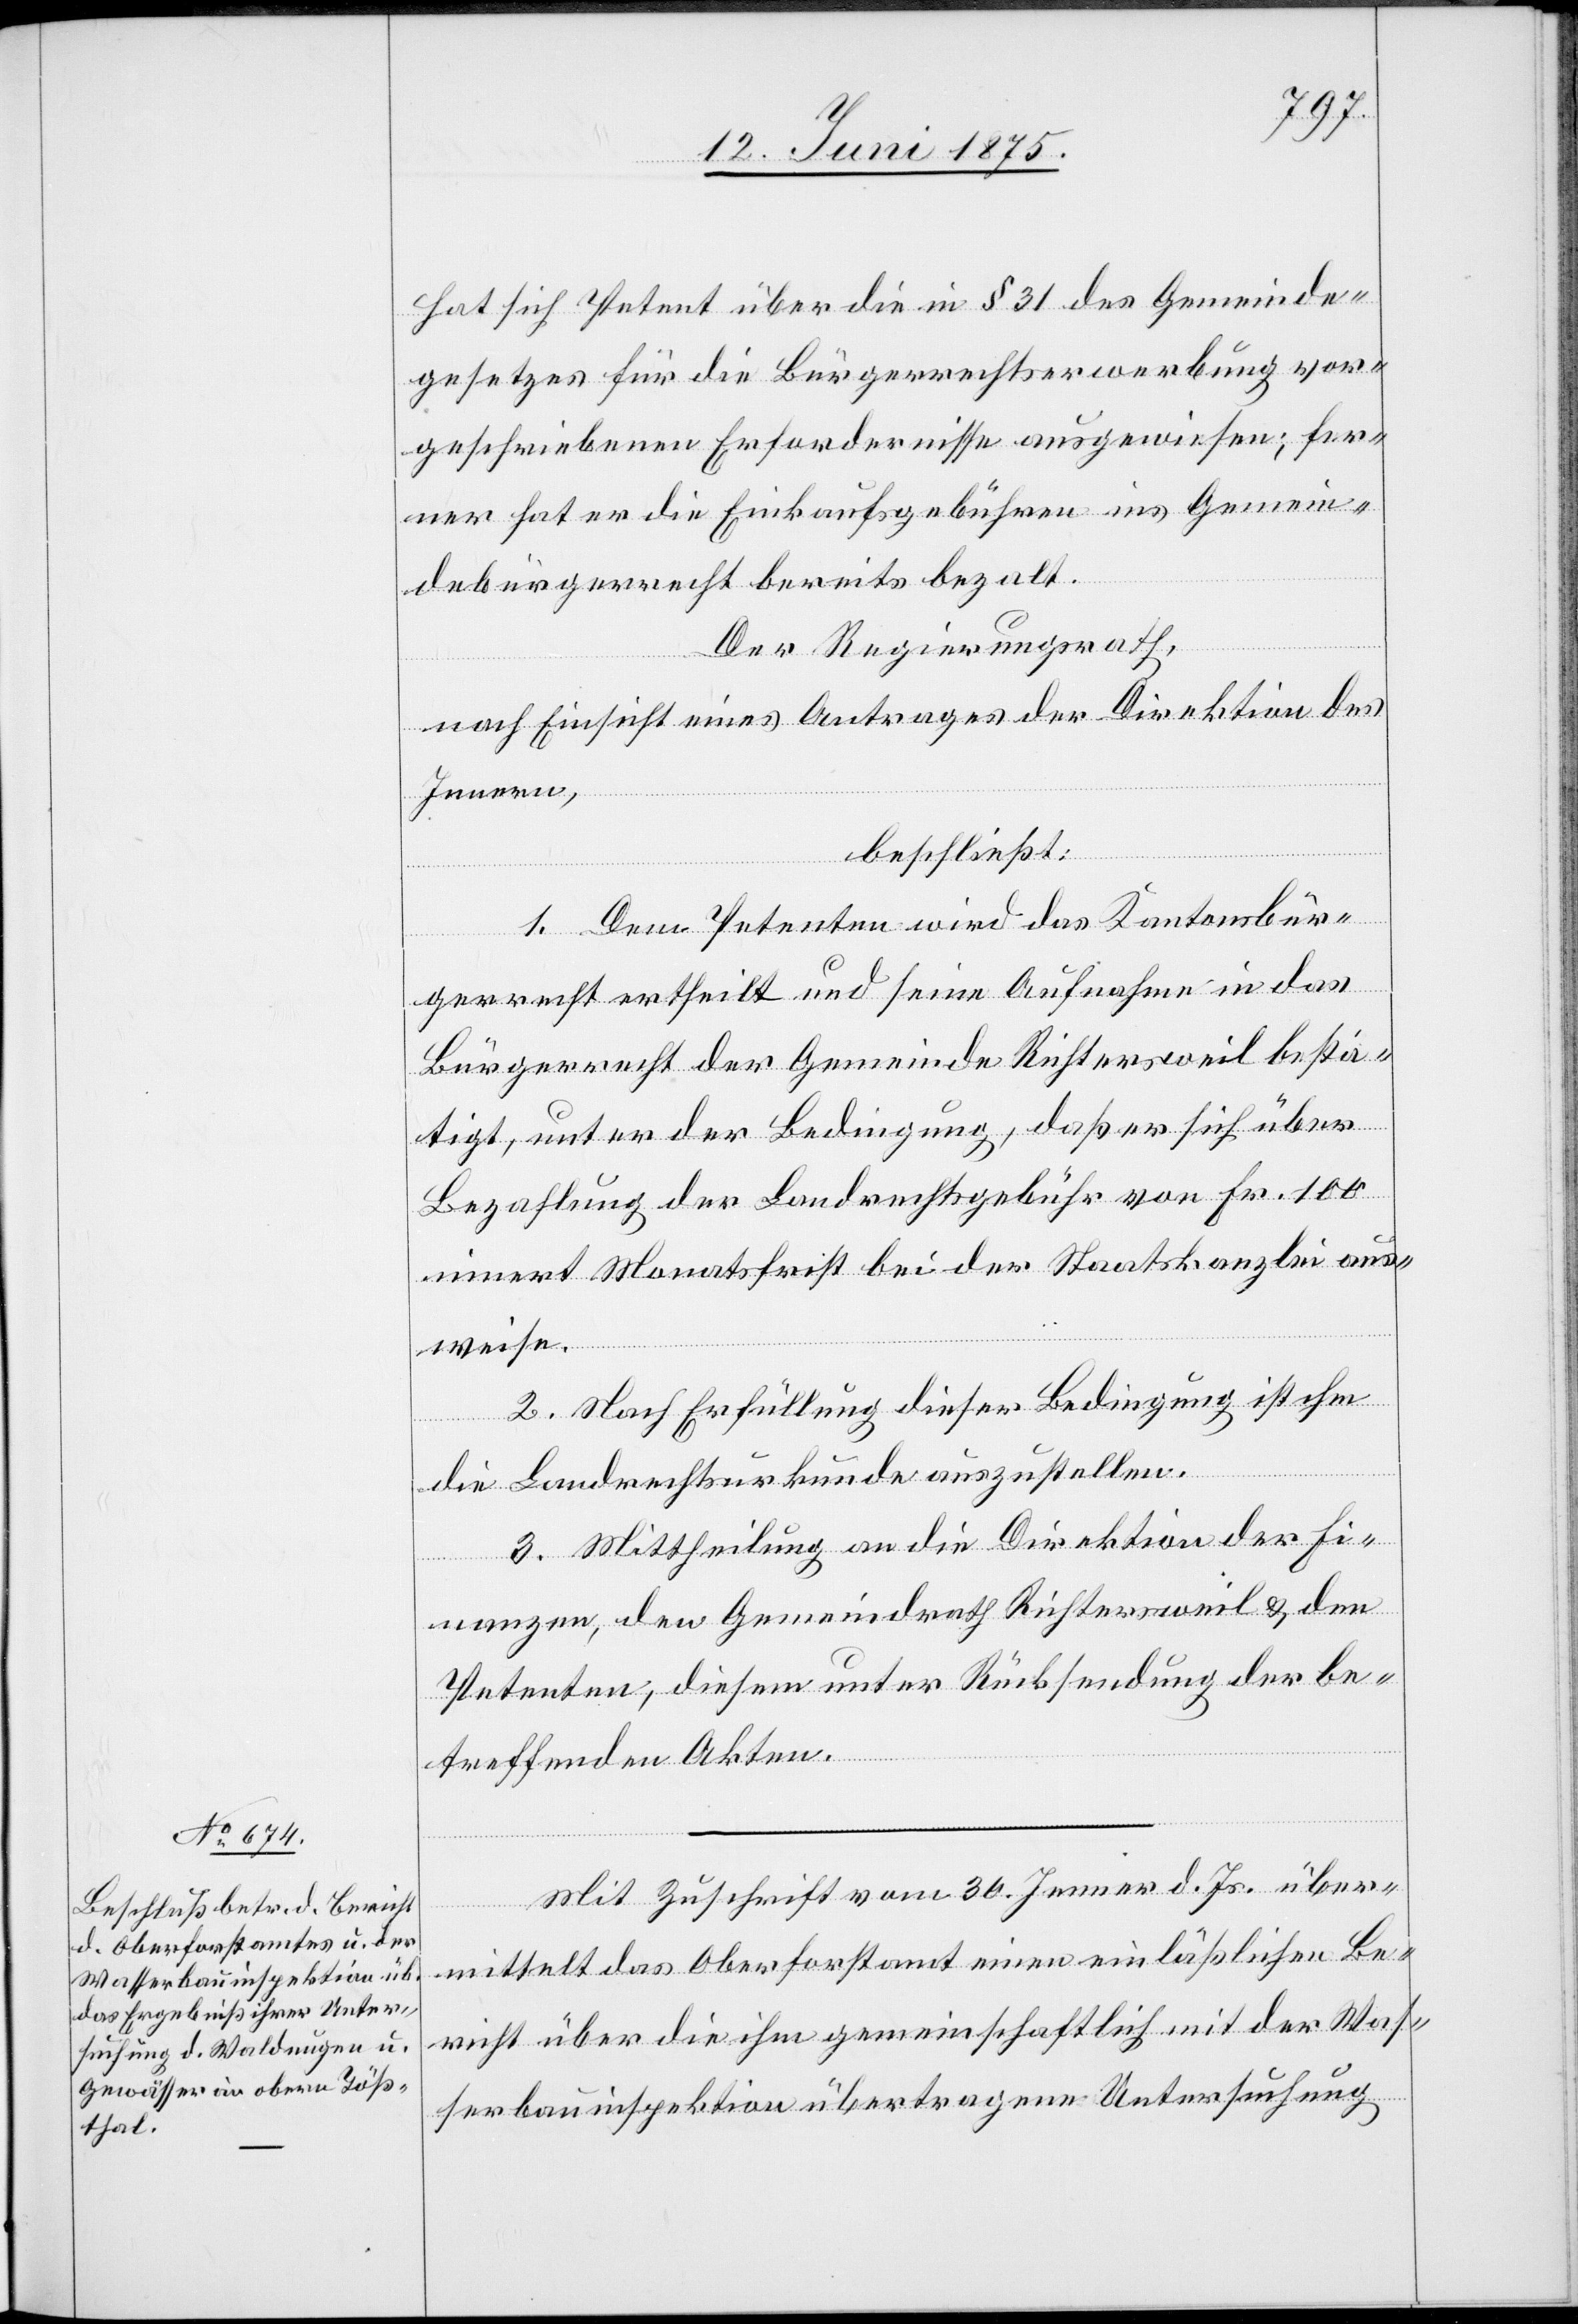
hat sich Petent über die in § 31 des Gemeinde¬
gesetzes für die Bürgerrechtserwerbung vor¬
geschriebenen Erfordernisse ausgewiesen, fer¬
ner hat er die Einkaufsgebühren ins Gemein¬
debürgerrecht bereits bezahlt.
Der Regierungsrath,
nach Einsicht eines Antrages der Direktion des
Innern,
beschließt:
1. Dem Petenten wird das Kantonsbür¬
gerrecht ertheilt und seine Aufnahme in das
Bürgerrecht der Gemeinde Richtersweil bestä¬
tigt, unter der Bedingung, daß er sich über
Bezahlung der Landrechtsgebühr von Fr. 100
innert Monatsfrist bei der Staatskanzlei aus¬
weise.
2. Nach Erfüllung dieser Bedingung ist ihm
die Landrechtsurkunde auszustellen.
3. Mittheilung an die Direktion der Fi¬
nanzen, den Gemeindrath Richtersweil & den
Petenten, diesem unter Rücksendung der be¬
treffenden Akten.
Mit Zuschrift vom 30. Jenner d. Js. über¬
mittelt das Oberforstamt einen einläßlichen Be¬
richt über die ihm gemeinschaftlich mit der Was¬
serbauinspektion übertragene Untersuchung